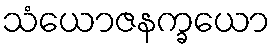
သံယောဇနက္ခယော